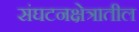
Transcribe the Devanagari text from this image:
संघटनक्षेत्रातील